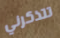
تتذكرني